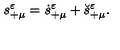
s _ { + \mu } ^ { \varepsilon } = \dot { s } _ { + \mu } ^ { \varepsilon } + \breve { s } _ { + \mu } ^ { \varepsilon } .